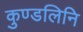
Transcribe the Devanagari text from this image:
कुण्डलिनि